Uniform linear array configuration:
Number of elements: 12
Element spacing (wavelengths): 0.25
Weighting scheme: binomial
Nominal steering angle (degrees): -15
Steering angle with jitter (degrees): -14.207
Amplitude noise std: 0.05
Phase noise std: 0.05

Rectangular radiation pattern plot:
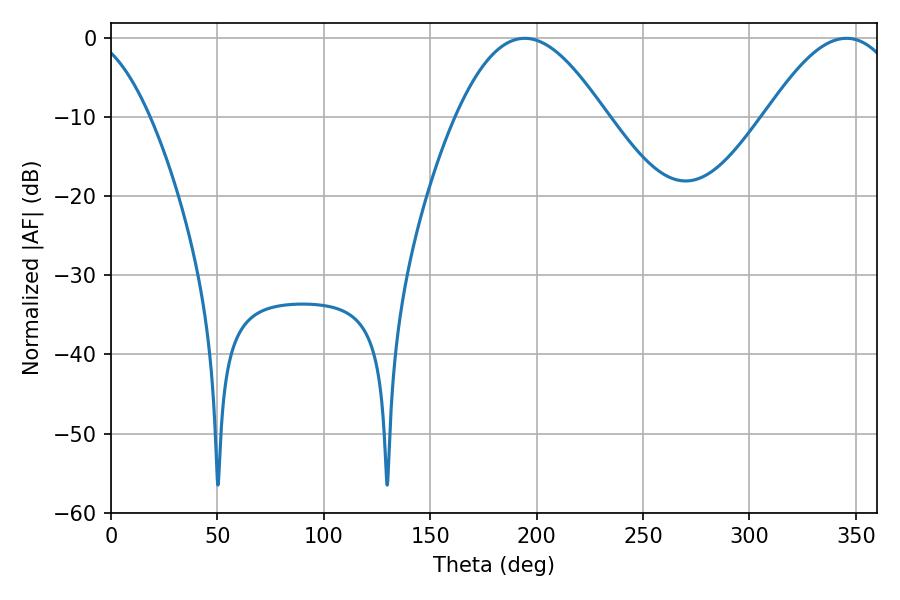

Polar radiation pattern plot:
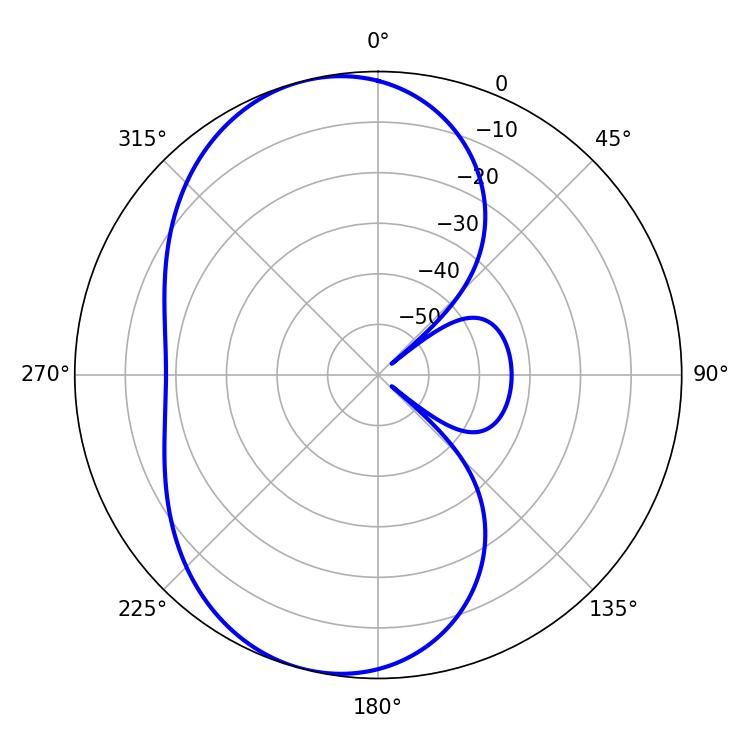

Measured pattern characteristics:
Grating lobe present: FALSE
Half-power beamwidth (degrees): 38.16
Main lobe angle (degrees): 194.4